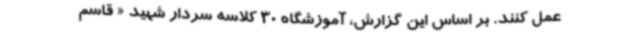
عمل کنند. بر اساس این گزارش، آموزشگاه 30 کلاسه سردار شهید « قاسم